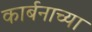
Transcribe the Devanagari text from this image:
कार्बनाच्या